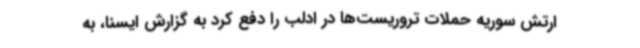
ارتش سوریه حملات تروریست‌ها در ادلب را دفع کرد به گزارش ایسنا، به